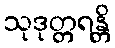
သုဒုတ္တရန္တိ